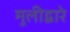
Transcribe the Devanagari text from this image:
मुलीद्वारे